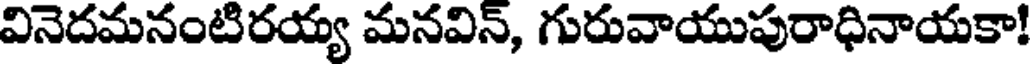
వినెదమనంటిరయ్య మనవిన్, గురువాయుపురాధినాయకా!